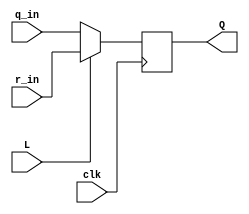
module top_module (
	input clk,
	input L,
	input r_in,
	input q_in,
	output reg Q);
    
    wire q[2:0];
    always @ (posedge clk)
        if (L) begin
            q[0] = r_in;
            q[1] = r_in;
            q[2] = r_in;
        end
        else begin
            q[0] = q_in;
            q[1] = q_in;
            q[2] = q_in;
        end
    assign Q = q[2];

endmodule